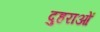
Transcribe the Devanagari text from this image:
दुहराओं